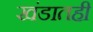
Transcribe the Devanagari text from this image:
खंडातही